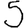
Digit: 5